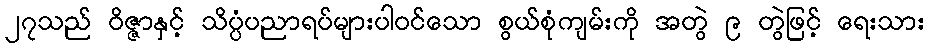
၂၇သည် ဝိဇ္ဇာနှင့် သိပ္ပံပညာရပ်များပါဝင်သော စွယ်စုံကျမ်းကို အတွဲ ၉ တွဲဖြင့် ရေးသား